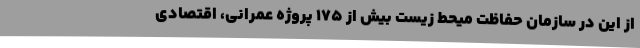
از این در سازمان حفاظت میحط زیست بیش از ۱۷۵ پروژه عمرانی، اقتصادی